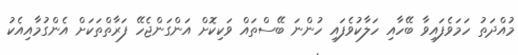
މުއްދަތު ހަމަވެފައިވާ ބޭހާއި ހަލާކުވެފައި ހުންނަ ބޭސްތައް ވަކިކޮށް އަންގަންޖެހޭ ފަރާތްތަކަށް އެންގުމާއިއެކު